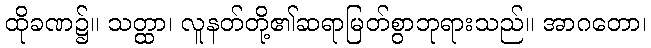
ထိုခဏ၌။ သတ္ထာ၊ လူနတ်တို့၏ဆရာမြတ်စွာဘုရားသည်။ အာဂတော၊